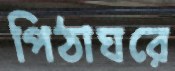
পিঠাঘরে